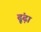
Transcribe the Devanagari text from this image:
ढ़ूंढ़ा